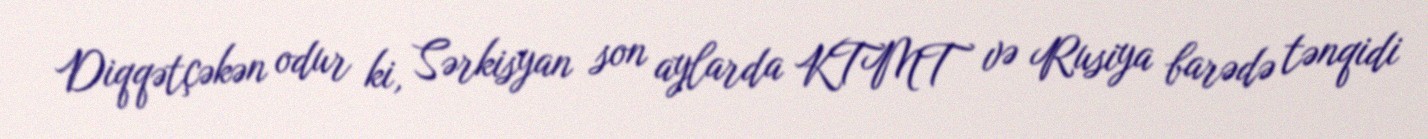
Diqqətçəkən odur ki, Sərkisyan son aylarda KTMT və Rusiya barədə tənqidi